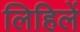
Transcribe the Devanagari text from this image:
लिहिलें